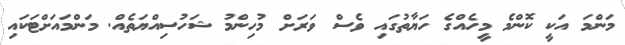
މަންމަ އަކީ ކޮންމެ މީހެއްގެ ހަޔާތުގައި ވެސް ވަރަށް މުހިންމު ޝަހުސިއްޔަތެއް. މަންމައަށްޓަކައި